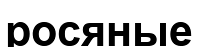
росяные